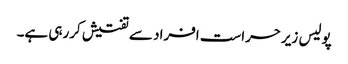
پولیس زیرحراست افراد سے تفتیش کررہی ہے۔